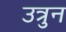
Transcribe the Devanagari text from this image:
उत्रुन